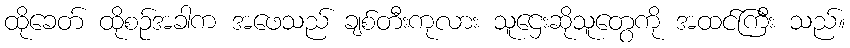
ထိုခေတ် ထိုစဉ်အခါက အဖေသည် ချစ်တီးကုလား သူဌေးဆိုသူတွေကို အထင်ကြီး သည်။